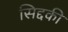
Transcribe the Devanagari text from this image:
सिद्दकी